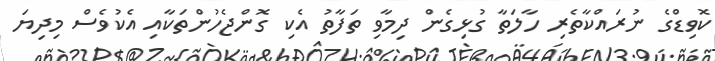
ކޮވިޑްގެ ނުރައްކާތެރި ހާލަތާ ގުޅިގެން ދިމާވި ތަފާތު އެކި ގޮންޖެހުންތަކާއި އެކުވެސް މިދިޔަ